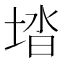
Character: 𡌩